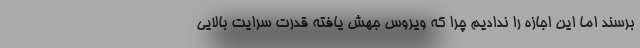
برسند اما این اجازه را ندادیم چرا که ویروس جهش یافته قدرت سرایت بالایی